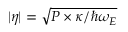
\vert \eta \vert = \sqrt { P \times \kappa / \hbar \omega _ { E } }